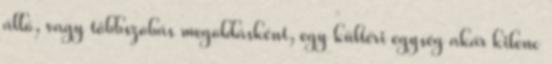
álló, vagy többszobás megoldásként, egy kültéri egység akár kilenc